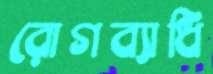
রোগব্যাধি